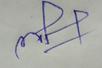
Signature authenticity: forged